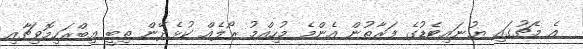
އެ މެޗުގައި ޔުނައިޓެޑުގެ ފަރާތުން އެންމެ މުހިއްމު ރޯލެއް ކުޅެދޭން ތިބީ އިބްރަހިމޮވިޗާއި